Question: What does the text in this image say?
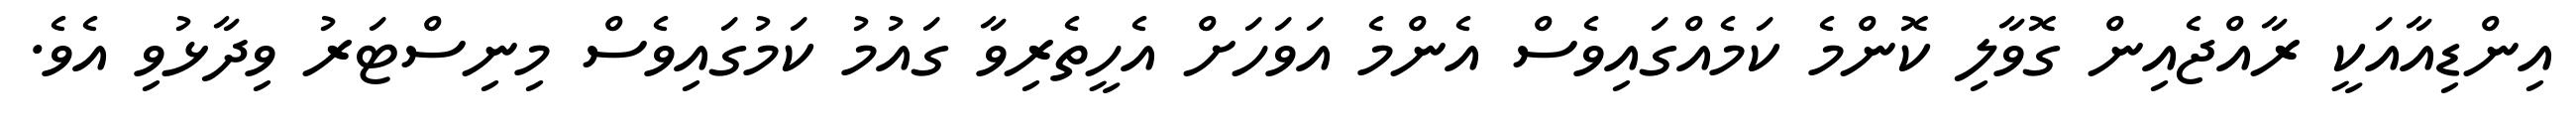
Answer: އިންޑިއާއަކީ ރާއްޖެއިން ގޮވާލި ކޮންމެ ކަމެއްގައިވެސް އެންމެ އަވަހަށް އެހީތެރިވާ ގައުމު ކަމުގައިވެސް މިނިސްޓަރު ވިދާޅުވި އެވެ.